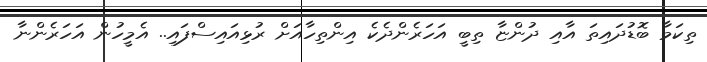
ތިކަމާ ބޮޑުދައިތަ އާއި ދުންޏާ ތިބީ އަހަރެންދެކެ އިންތިހާއަށް ރުޅިއައިސްފައި.. އެމީހުން އަހަރެންނާ